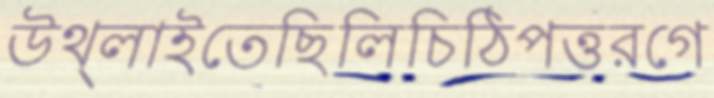
উথ্‌লাইতেছিলিচিঠিপত্তরগে